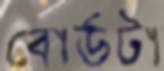
বোর্ডটা